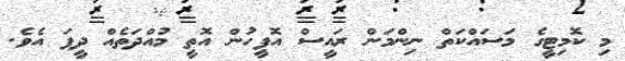
މި ކޮމިޓީގެ މަސައްކަތް ނިންމަން ރައީސް އޮފީހުން އޮތީ މުއްދަތެއް ދީފަ އެވެ.